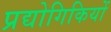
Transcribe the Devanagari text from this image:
प्रद्योगिकियों